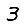
Digit: 3